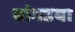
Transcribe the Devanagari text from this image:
बांगडया